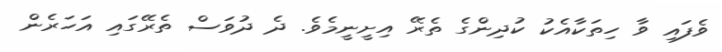
ވެފައި ވާ ހިތަކާއެކު ކުދިންގެ ތެރޭ އިށީނީމެވެ. ދެ ދުވަސް ތެރޭގައި އަހަރެން